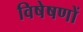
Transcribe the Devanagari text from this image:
विषेषणों